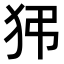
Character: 𤝠